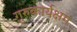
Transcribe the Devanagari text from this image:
गुरुकार्यक्षम